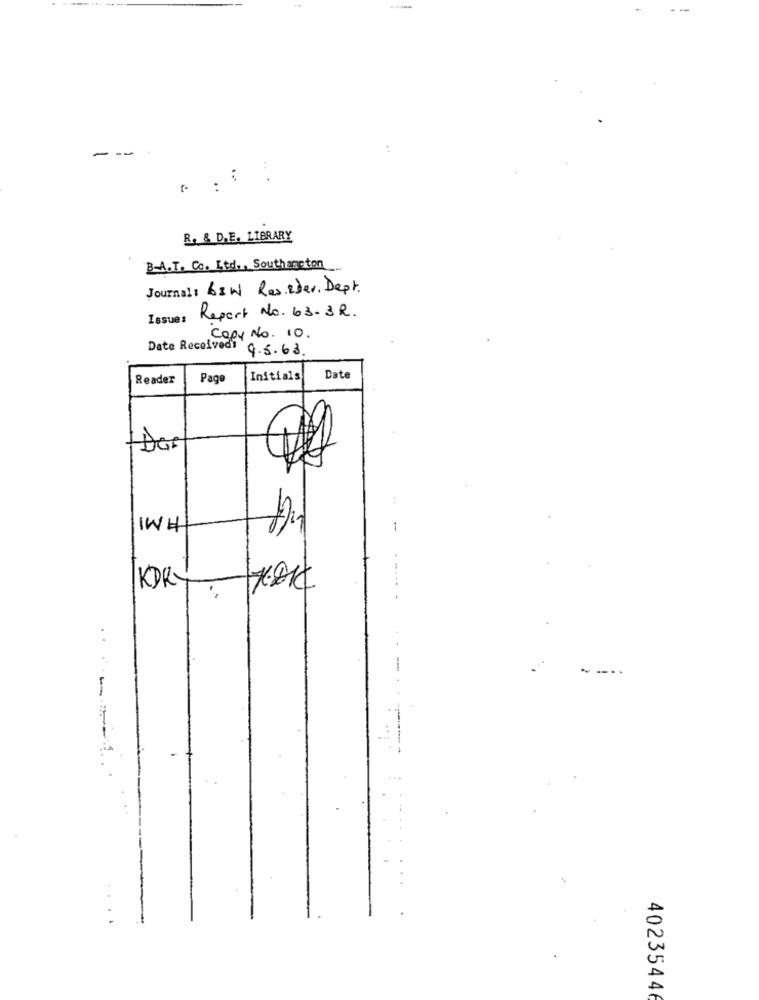
-
--
..
.. .
R. & D.E. LIBRARY
B-A.T. Co. Ltd ., Southampton
Journal: 68W Raseder. Dept.
Report No. 63.3R.
Issues
Copy No. 10 .
Date Receivedi
9.5.63.
Reader
Page
Initials
Date
..
IWH
-
KORY
-
--..
......
40235446